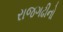
રાજગઢીનો